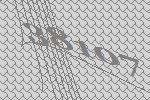
38107